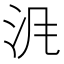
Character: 𱥹